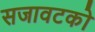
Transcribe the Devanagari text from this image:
सजावटको